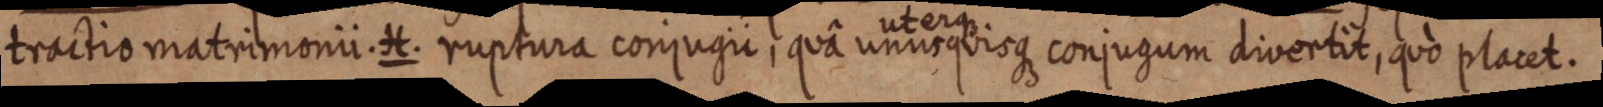
tractio matrimonii. H. ruptura conjugii, quâ uterque unusquisque conjugum divertit, quo placet.